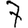
Digit: 7